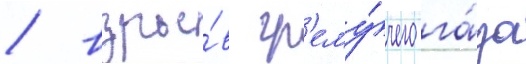
/ взры́в гр'ему́чего га́за